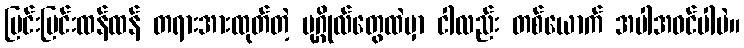
ပြင်းပြင်းထန်ထန် တရားအားထုတ်တဲ့ ပုဂ္ဂိုလ်တွေထဲမှာ ငါလည်း တစ်ယောက် အပါအဝင်ပါပဲ။